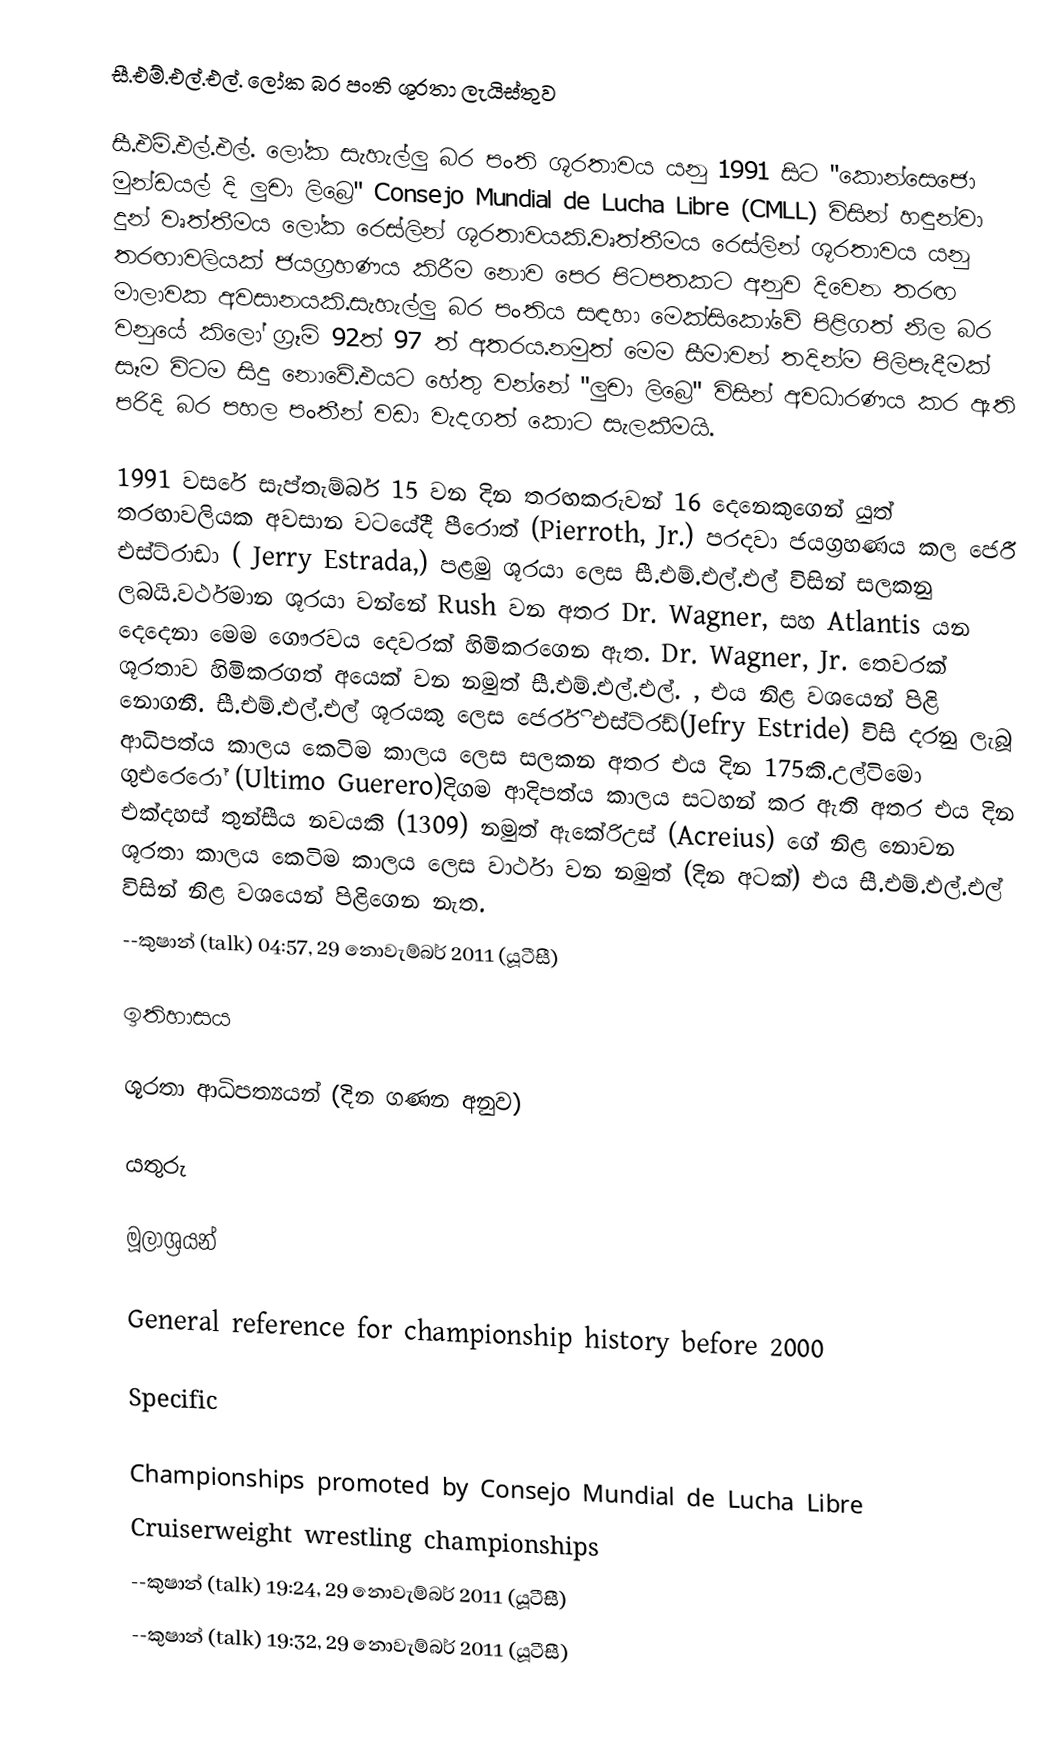
සී.එම්.එල්.එල්. ලෝක බර පංති ශූරතා ලැයිස්තුව

සී.එම්.එල්.එල්.  ලෝක සැහැල්ලු බර පංති ශූරතාවය යනු 1991 සිට "කොන්සෙජො මුන්ඩයල් දි ලුචා ලිබ්‍රෙ"  Consejo Mundial de Lucha Libre (CMLL) විසින් හඳුන්වා දුන් වෘත්තීමය ලෝක රෙස්ලින් ශූරතාවයකි.වෘත්තීමය රෙස්ලින් ශූරතාවය යනු තරඟාවලියක් ජයග්‍රහණය කිරීම නොව පෙර පිටපතකට අනුව දිවෙන තරඟ මාලාවක අවසානයකි.සැහැල්ලු බර පංතිය සඳහා මෙක්සිකෝවේ පිළිගත් නිල බර වනුයේ කිලෝ ග්‍රෑම් 92ත් 97 ත් අතරය.නමුත් මෙම සීමාවන් තදින්ම පිලිපැදීමක් සෑම විටම සිදු නොවේ.එයට හේතු වන්නේ "ලුචා ලිබ්‍රෙ" විසින් අවධාරණය කර ඇති පරිදි බර පහල පංතීන් වඩා වැදගත් කොට සැලකීමයි.

1991 වසරේ සැප්තැම්බර් 15 වන දින තරඟකරුවන් 16 දෙනෙකුගෙන් යුත් තරඟාවලියක අවසාන වටයේදී පීරොත්  (Pierroth, Jr.) පරදවා ජයග්‍රහණය කල ජෙරී එස්ට්රාඩා ( Jerry Estrada,) පළමු ශූරයා ලෙස සී.එම්.එල්.එල් විසින් සලකනු ලබයි.වර්ථමාන ශූරයා වන්නේ Rush වන අතර  Dr. Wagner, සහ Atlantis යන දෙදෙනා මෙම ගෞරවය දෙවරක් හිමිකරගෙන ඇත. Dr. Wagner, Jr. තෙවරක් ශූරතාව හිමිකරගත් අයෙක් වන නමුත් සී.එම්.එල්.එල්. , එය නිළ වශයෙන් පිළි නොගනී. සී.එම්.එල්.එල් ශූරයකු ලෙස ජෙර්රි එස්ට්රඩ්(Jefry Estride) විසි දරනු ලැබූ ආධිපත්ය කාලය කෙටිම කාලය ලෙස සලකන අතර එය දින 175කි.උල්ටිමො ගුඑරෙරෝ (Ultimo Guerero)දිගම ආදිපත්ය කාලය සටහන් කර ඇති අතර එය දින එක්දහස් තුන්සීය නවයකි (1309) නමුත් ඇකේරිඋස් (Acreius) ගේ නිළ නොවන ශූරතා කාලය කෙටිම කාලය ලෙස වාර්ථා වන නමුත් (දින අටක්) එය සී.එම්.එල්.එල් විසින් නිළ වශයෙන් පිළිගෙන නැත.
--කුෂාන් (talk) 04:57, 29 නොවැම්බර් 2011 (යූටීසී)

ඉතිහාසය

ශූරතා ආධිපත්‍යයන් (දින ගණන අනුව)

යතුරු

මූලාශ්‍රයන්

General reference for championship history before 2000

Specific

Championships promoted by Consejo Mundial de Lucha Libre
Cruiserweight wrestling championships
--කුෂාන් (talk) 19:24, 29 නොවැම්බර් 2011 (යූටීසී)
--කුෂාන් (talk) 19:32, 29 නොවැම්බර් 2011 (යූටීසී)